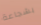
بشجاعة